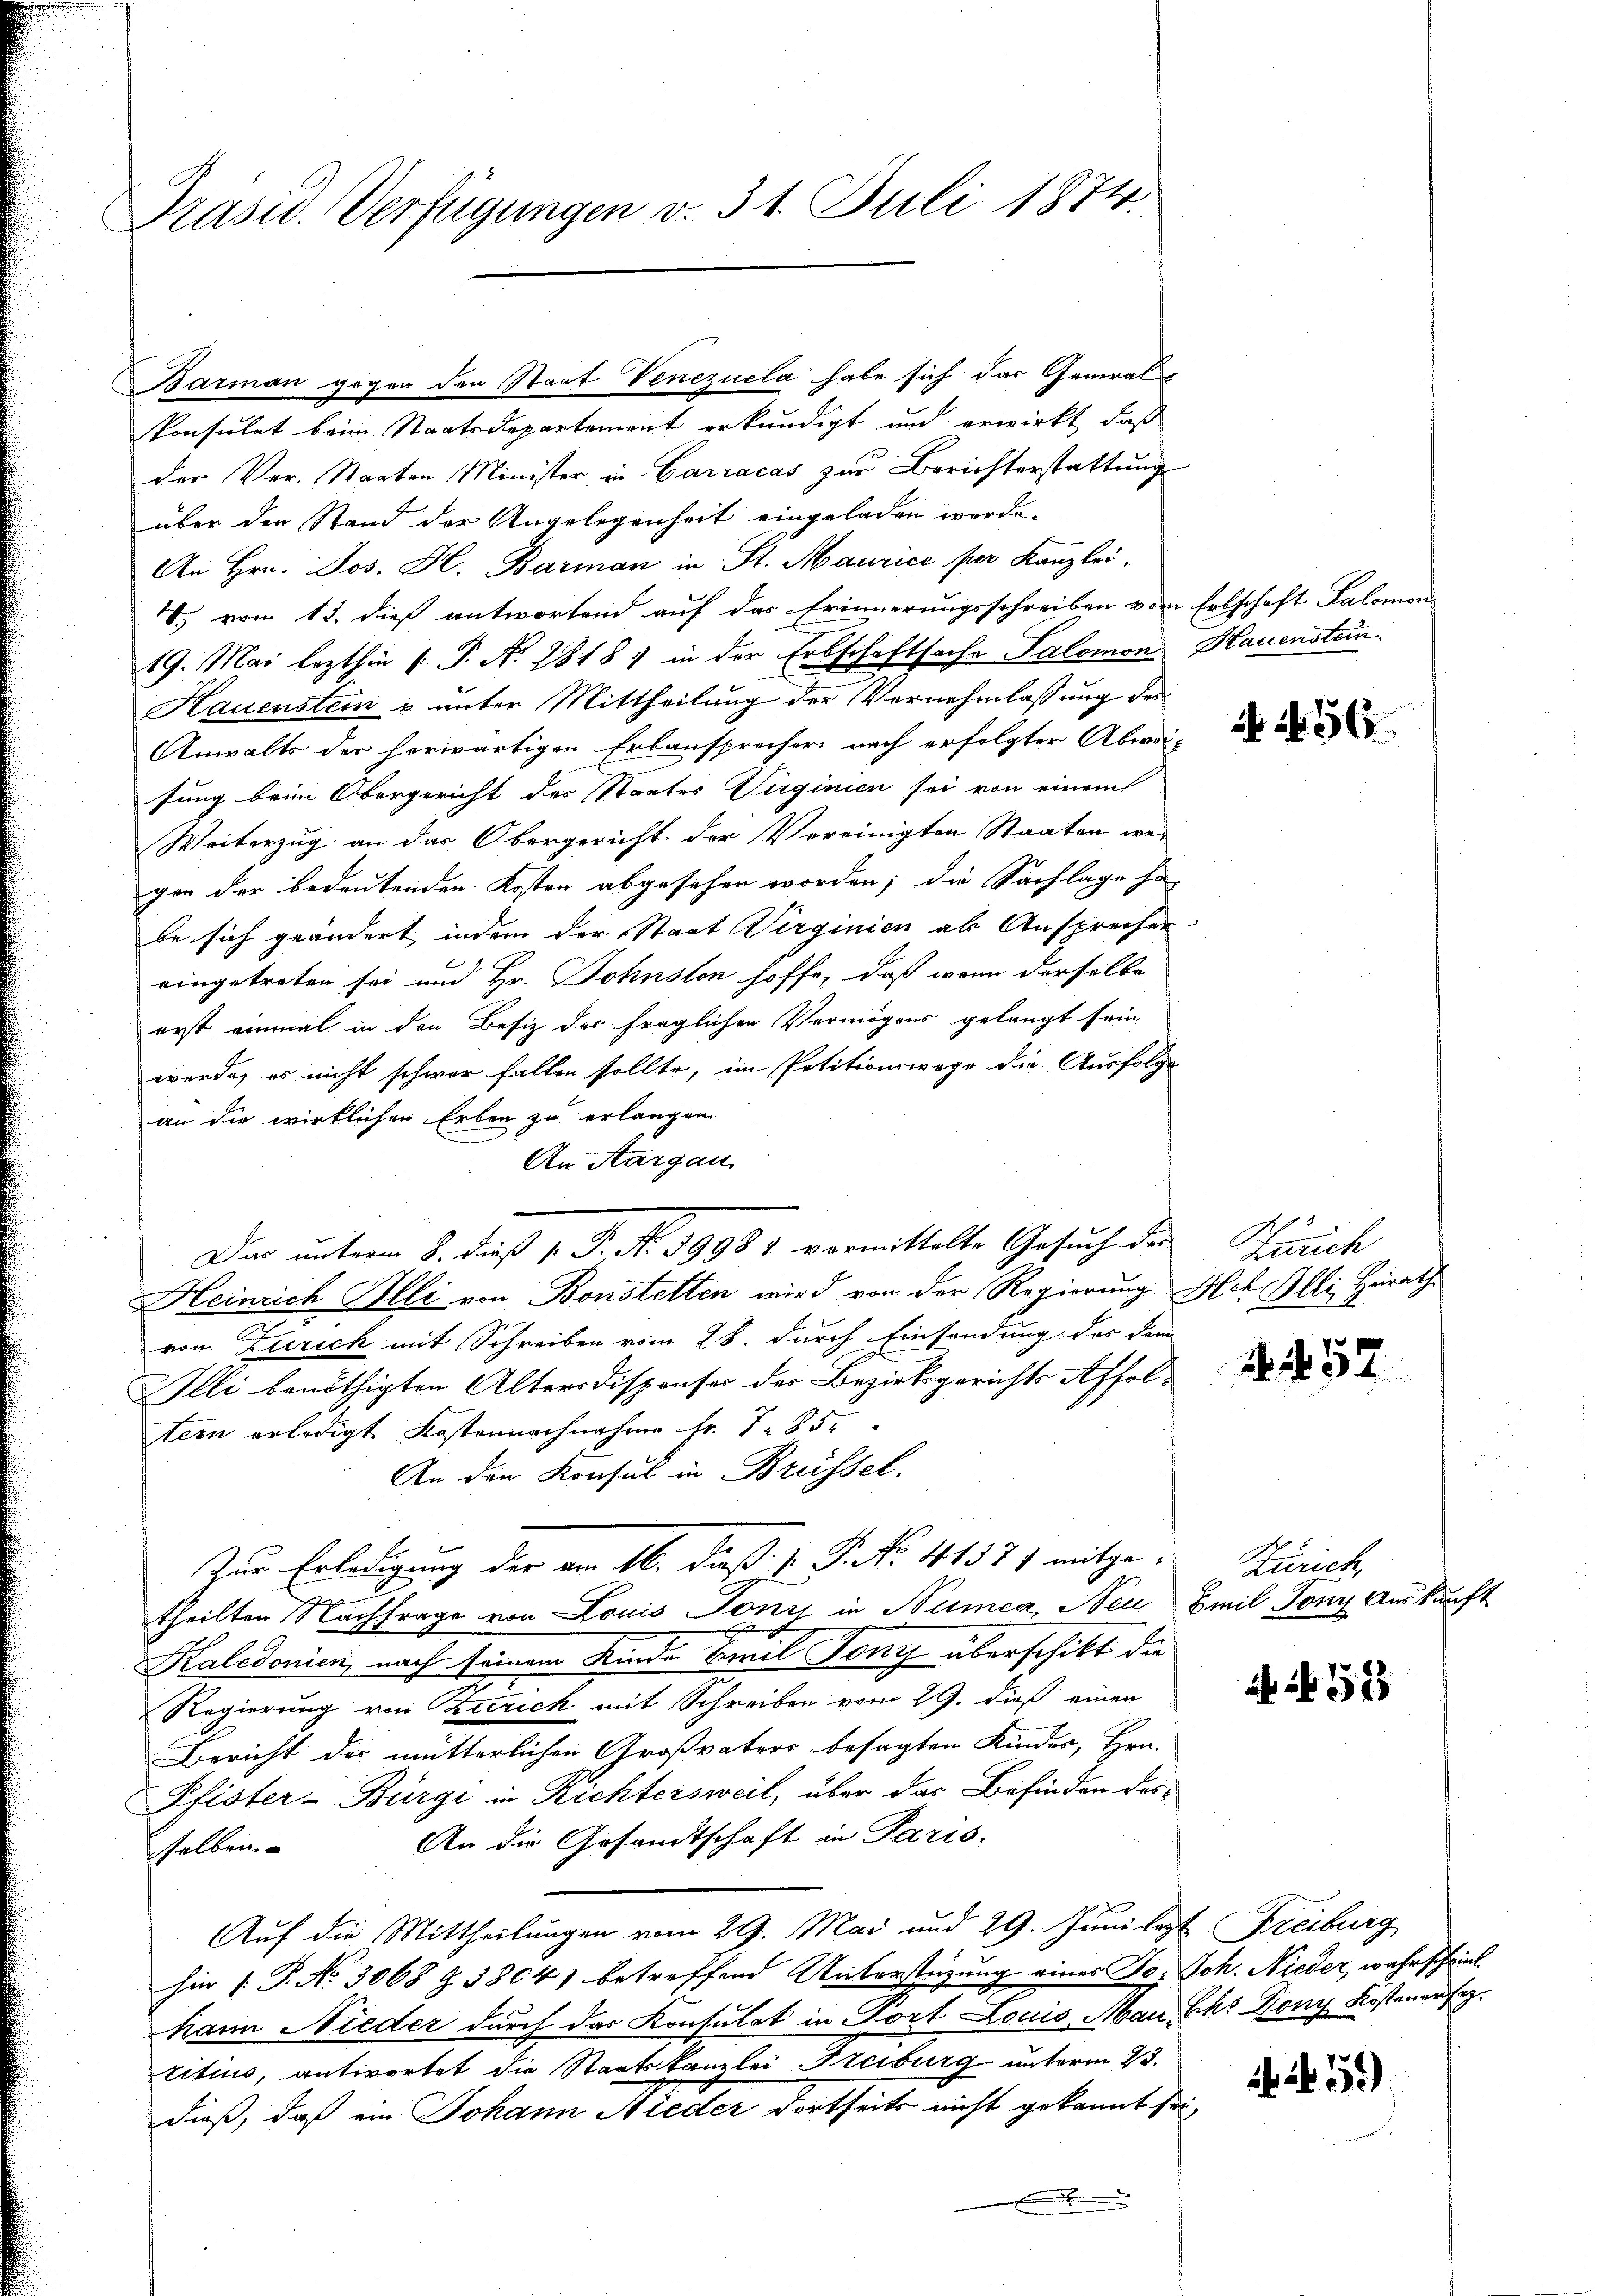
Präsid. Verfügungen v. 31. Juli 1874.

Barman gegen den Staat Venezuela habe sich das Generalkonsulat beim Staatsdepartement erkundigt und erwirkt, daß
der Ver-Staaten Minister in Garracas zur Berichterstattung
über der Stand der Angelegenheit eingeladen werde.
An Hrn. Jos. H. Barman in St. Maurice per Kanzlos,
4. vom 13. dieß antwortend auf das Erinnerungsschreiben vom Erbschaft Salomon
19. Mai lezthin 1. P. N. 2818, in der Erbschaftsache Salomon Hauenstein.
Hauenstein & unter Mittheilung der Vernehmlassung des
Anwalts der herwärtigen Erlauspreiser nach erfolgter Abwei-
sung beim Obergericht des Staates Virginien sei von einem
Weiterzug an das Obergericht der Vereinigten Staaten wer
gen der bedeutenden Kosten abgesehen worden; die Sachlage ha
be sich geändert indem der Staat Virginien als Ansprecher
eingetreten sei und Hr. Sohnston hoffe, daß wenn derselbe
erst einmal in den Besiz der fraglichen Vermögens gelangt sein
werde, es nicht schwer fallen sollte, im Petitionswege die Ausfolge
an die wirklichen Erben zu erlangen.
An Aargau.
Heinrich Illi von Bonstetten wird von der Regierung Ach Illi, Heirath
2
von Zürich mit Schreiben vom 28. durch Einsendung des dem
Illi benöthigten Altersdispenser des Bezirksgerichts Affoltern erledigt Kostennachnahme Fr. 1850
An den Konsul in Brüssel.
Zur Erledigung der am 16. daß P. P. Nr. 41571 mitgetheilten Nachfrage von Louis Toni in Nemea, Neu Emil Tony Auskunft
n
Kaledonien, nach seinem Kinde Bezel Tony überschikt die
Regierung von Zürich mit Schreiben vom 29. dieß einen
Bericht der mutterlichen Großvaters besagten Kinder, Hrn.
Pfister-Bürgi in Richtersweil, über das Befinden der¬
An die Gesandtschaft in Paris.
selben
Auf die Mittheilungen vom 29. Mai und 29. Juni legt Freiburg
hin 1. P. Nr. 3068 Z. 3804) betreffend Unterstüzung eines So. Joh. Nieder, wahrscheint.
hann Nieder durch das Konsulat in Fort Louis, Mau, Ehr Bony Kostenersez
citius, antwortet die Staatskanzlei Freiburg unterm 23.
dieß, daß ein Johann Nieder dortseits nicht gekannt sei,
x

Das unterm 8. daß P. P. Nr. 19981 vormittelte Gesuch der

56

Zürich

4457

Zürich,

f 52

. f. 59